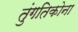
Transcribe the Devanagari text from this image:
तुंगतिकोना